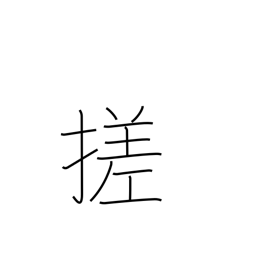
Meaning: braid